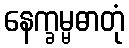
နေက္ခမ္မဓာတုံ